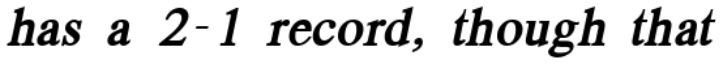
has a 2-1 record, though that